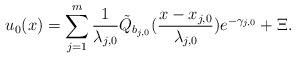
\begin{align*}u_0(x)=\sum_{j=1}^{m}\frac{1}{\lambda_{j,0}}\tilde{Q}_{b_{j,0}}(\frac{x-x_{j,0}}{\lambda_{j,0}})e^{-\gamma_{j,0}}+\Xi.\end{align*}